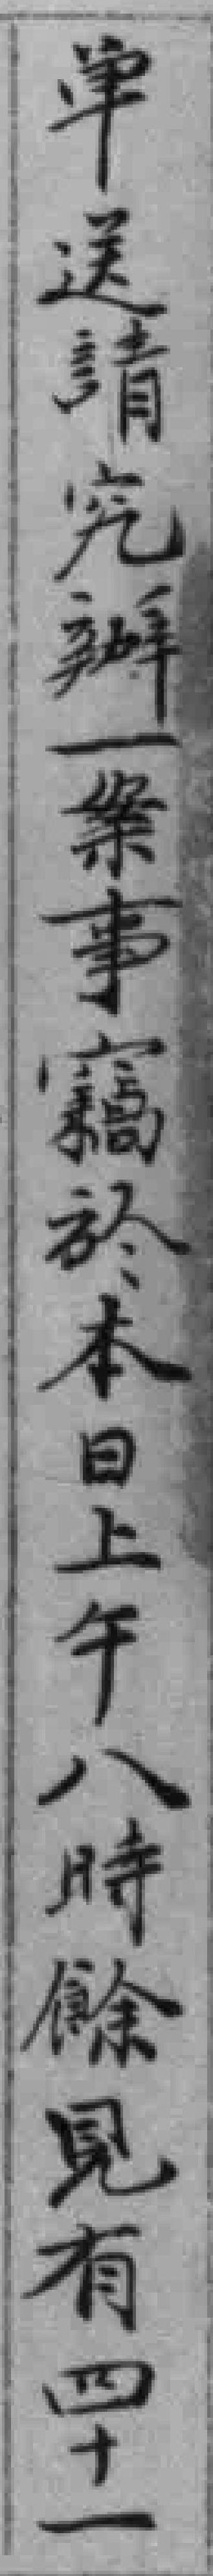
单送請究辦一案事竊於本日上午八時餘見有四十一